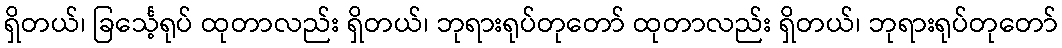
ရှိတယ်၊ ခြင်္သေ့ရုပ် ထုတာလည်း ရှိတယ်၊ ဘုရားရုပ်တုတော် ထုတာလည်း ရှိတယ်၊ ဘုရားရုပ်တုတော်